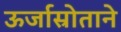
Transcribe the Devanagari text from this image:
ऊर्जास्रोताने